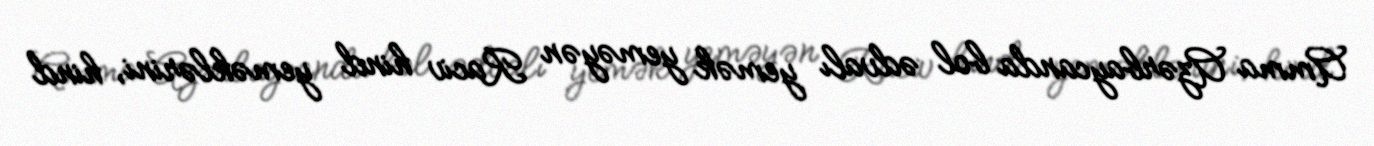
Amma Azərbaycanda bol ədvalı yemək yeməyən Raciv hind yeməklərini, hind